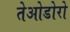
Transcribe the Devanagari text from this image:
तेओडोरो